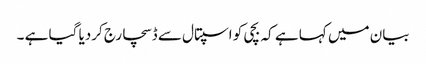
بیان میں کہا ہے کہ بچی کو اسپتال سے ڈسچارج کردیا گیا ہے ۔